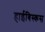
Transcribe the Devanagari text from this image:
हाईबिस्कस